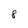
Character: 8